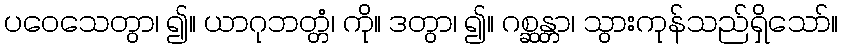
ပဝေသေတွာ၊ ၍။ ယာဂုဘတ္တံ၊ ကို။ ဒတွာ၊ ၍။ ဂစ္ဆန္တာ၊ သွားကုန်သည်ရှိသော်။